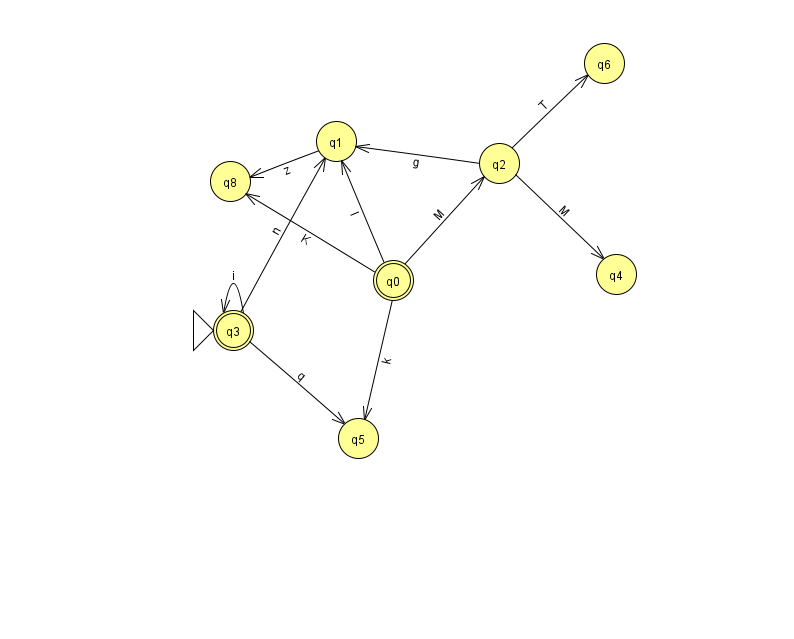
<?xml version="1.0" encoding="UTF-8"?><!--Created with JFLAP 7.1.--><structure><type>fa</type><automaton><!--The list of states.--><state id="0" name="q0"><x>393.0</x><y>267.0</y><final/></state><state id="1" name="q1"><x>336.0</x><y>128.0</y></state><state id="2" name="q2"><x>499.0</x><y>150.0</y></state><state id="3" name="q3"><x>233.0</x><y>317.0</y><initial/><final/></state><state id="4" name="q4"><x>616.0</x><y>261.0</y></state><state id="5" name="q5"><x>358.0</x><y>425.0</y></state><state id="6" name="q6"><x>604.0</x><y>50.0</y></state><state id="8" name="q8"><x>230.0</x><y>168.0</y></state><!--The list of transitions.--><transition><from>2</from><to>1</to><read>g</read></transition><transition><from>2</from><to>6</to><read>T</read></transition><transition><from>3</from><to>1</to><read>n</read></transition><transition><from>2</from><to>4</to><read>M</read></transition><transition><from>3</from><to>3</to><read>i</read></transition><transition><from>0</from><to>1</to><read>l</read></transition><transition><from>1</from><to>8</to><read>z</read></transition><transition><from>0</from><to>8</to><read>K</read></transition><transition><from>0</from><to>2</to><read>M</read></transition><transition><from>0</from><to>5</to><read>k</read></transition><transition><from>3</from><to>5</to><read>q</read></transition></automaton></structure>